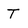
Character: T